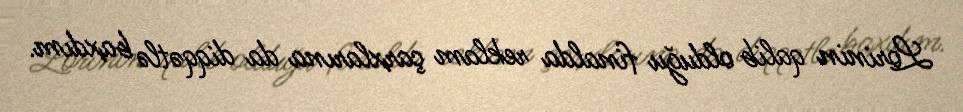
Lorinin qalib olduğu finalda reklam çarxlarına da diqqətlə baxdım.